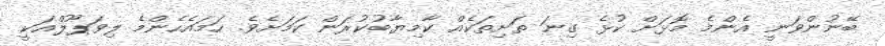
ބޭނުންވަނީ އެންމެ މޮޅަށް ކުޅެ ގިނަ ތަށިތަކެއް ކާމިޔާބުކުރަން ކަމަށެވެ. ހަމައެހެންމެ ލިވަޕޫލްއަކީ